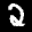
Label: 2